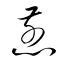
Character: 煎